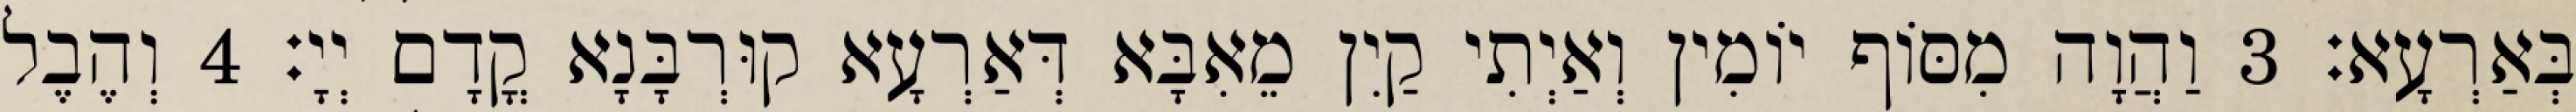
בְּאַרְעָא׃ 3 וַהֲוָה מִסּוֹף יוֹמִין וְאַיְתִי קַיִן מֵאִבָּא דְּאַרְעָא קוּרְבָּנָא קֳדָם יְיָ׃ 4 וְהֶבֶל